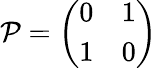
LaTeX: \mathcal{P}=\left(\begin{array}{cc}{{0}}&{{1}}\\ {{1}}&{{0}}\end{array}\right)